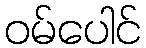
ဝမ်ပေါင်